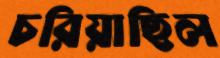
চরিয়াছিল